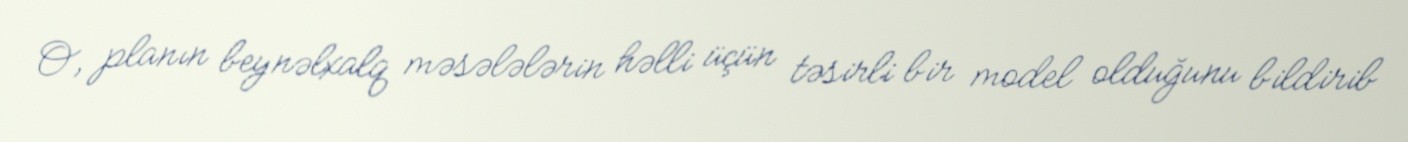
O, planın beynəlxalq məsələlərin həlli üçün təsirli bir model olduğunu bildirib